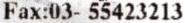
FAX:03- 55423213